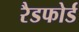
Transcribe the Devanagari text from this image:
रैडफोर्ड